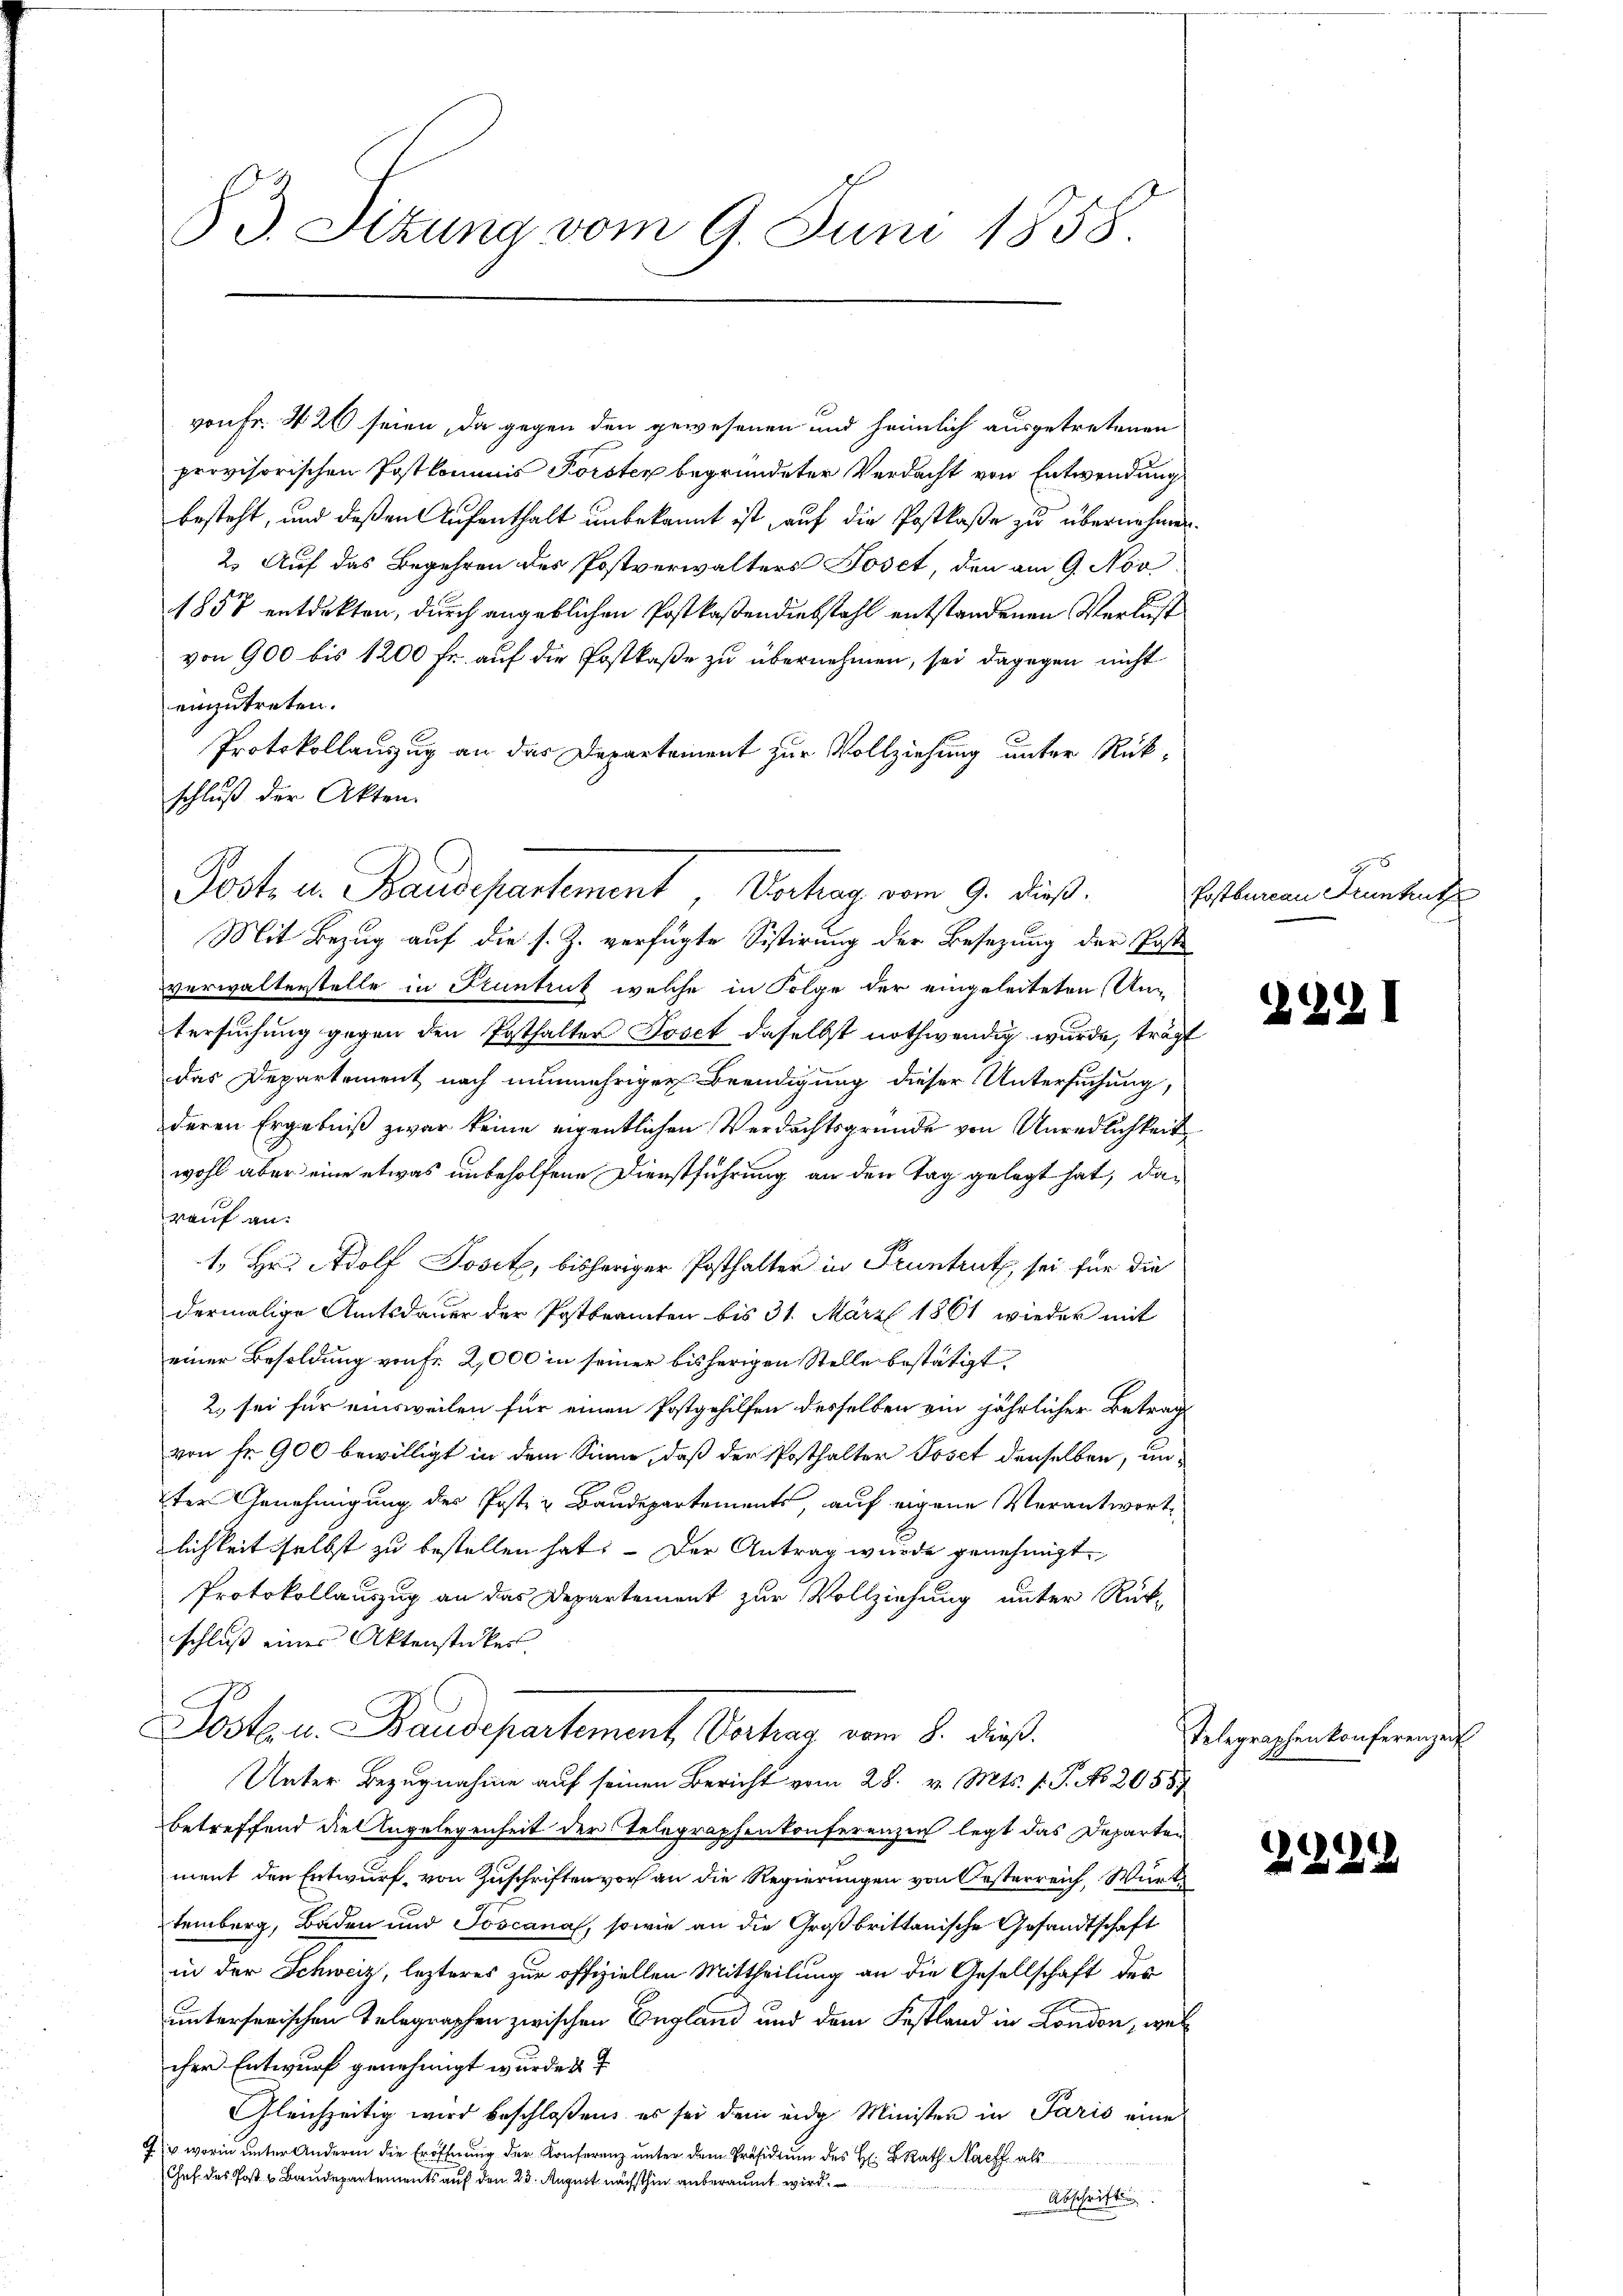
83. Sitzung vom 9. Juni 1858.

von Fr. 42 seien, da gegen den gewesenen und heimlich ausgetretenen
provisorischen Postkommnis Forsten begründeter Verdacht von Entwendung
besteht, und deßen Aufenthalt unbekannt ist, auf die Postkaße zu übernehmen.
2. Auf das Begehren des Postverwalters Joset, den am 9. Nov
1857 entdekten, durch angeblichen Postkaßendiebstahl entstandenen Verlust
von 900 bis 1200 fr. auf die Postkaße zu übernehmen, sei dagegen nicht
einzutreten.
Protokollauszug an das Departement zur Vollziehung unter Rückschluß der Akten.
Mit Bezug auf die s. Z. verfügte Sistirung der Besetzung der Paste
verwalterstelle in Stuntrut welche in Folge der eingeleiteten Antersuchung gegen den Ersthalter Joset daselbst nothwendig wurde, tragt
das Departement nach nunmehriger Beendigung dieser Untersuchung,
deren Ergebniß zwar keine eigentlichen Verdachtsgründe von Unredlichkeit
wohl aber eine etwas unbeholfene Dienstführung an den Tag gelegt hat, darauf an:
1. Hr. Adolf Joset, bisheriger Posthalter in Pruntruth, sei für die
dermalige Amtsdauer der Postbeamten bis 31. März 1861 wieder mit
einer Besoldung von Fr. 2,000 in seiner bisherigen Stelle bestätigt,
2. sei für einsweilen für einen Postgehilfen desselben ein jährlicher Betrag
von fr. 900 bewilligt in dem Sinne, daß der Posthalter Poset denselben, un¬
2ter Genehmigung des Post- u Baudepartements, auf eigene Verantwortlichkeit selbst zu bestellen hat. – Der Antrag wurde genehmigt.
Protokollauszug an das Departement zur Vollziehung unter Rück-
schluß eines Aktenstücker
Poste u. Baudepartement Verhag vom 8. dieß.
Unter Bezugnahme auf seinen Bericht vom 28. v. Mts. v. J. No. 20557
betreffend die Angelegenheit der Telegraphenkonferenzen legt das Departen
ment den Entwurf, von Zuschriften vor an die Regierungen von Oesterreich, Würt
temberg, Baden und Joscanal, sowie an die Großbrittanische Gesandtschaft
in der Schweiz, lezteres zur offiziellen Mittheilung an die Gesellschaft des
untersenischen Telegraphen zwischen England und dem Festland in London, welcher Entwurf genehmigt wurde
Gleichzeitig wird beschloßen, es sei dem eidg. Minister in Paris eine
 worin unter Andere die Eröffnung der Konferenz unter dem Präsidium des H. BRath Nacht als
Chef des Post & Baudepartements auf den 23. August nächsthin anberaumt wird.
Abschrift

Post, in Baudepartement, Vorten vom 9. dieß.

9
Postbureau Trunkut

2221

Telegraphen konferenzeit

2229